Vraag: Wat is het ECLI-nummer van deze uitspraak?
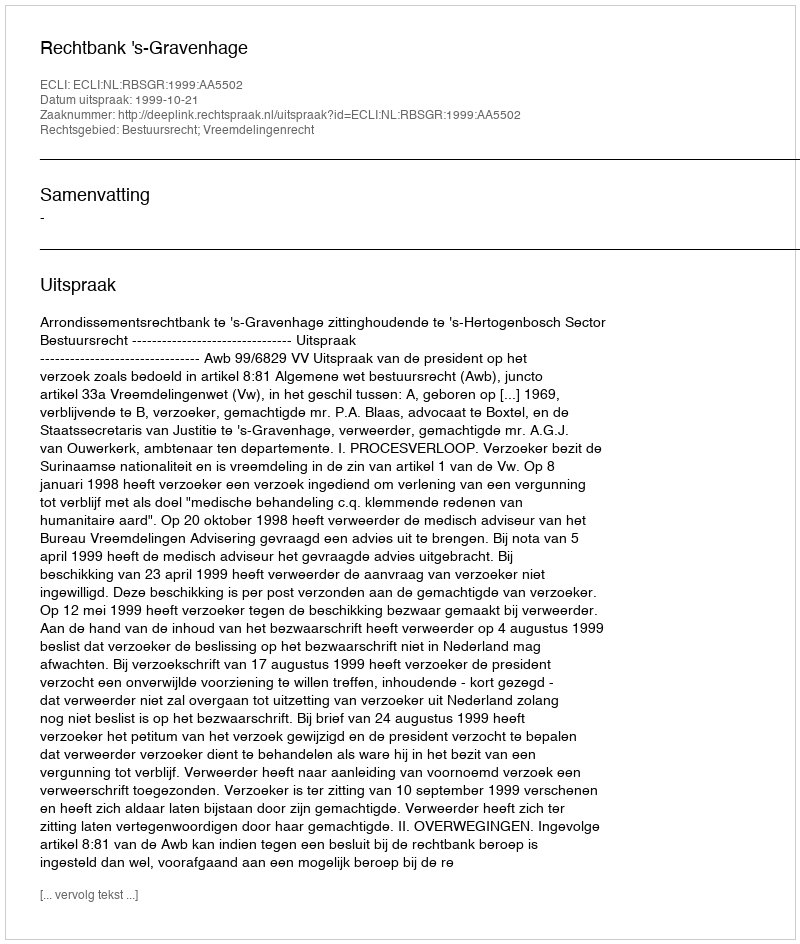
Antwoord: ECLI:NL:RBSGR:1999:AA5502